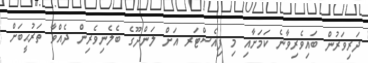
ދަރިވަރުން ބައިވެރިވާނެ ކަމަށާއި މި ފިއެސްޓަރ އަށް ލަންދޫގެ ބެލެނިވެރިން ދެއްވާ ތަރުޙީބަށް